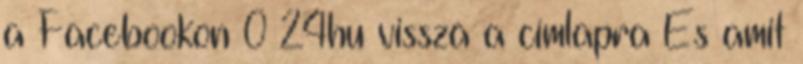
a Facebookon 0 24hu vissza a címlapra És amit